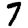
Digit: 7